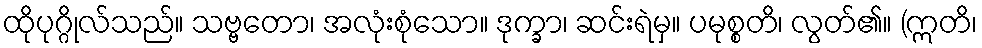
ထိုပုဂ္ဂိုလ်သည်။ သဗ္ဗတော၊ အလုံးစုံသော။ ဒုက္ခာ၊ ဆင်းရဲမှ။ ပမုစ္စတိ၊ လွတ်၏။ (ဣတိ၊